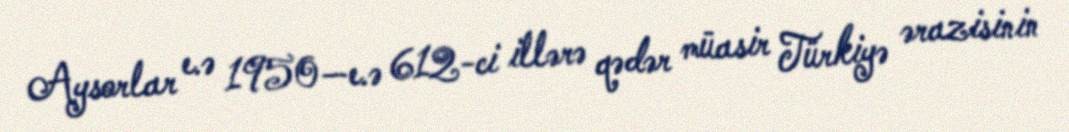
Aysorlar e.ə 1950—e.ə 612-ci illərə qədər müasir Türkiyə ərazisinin